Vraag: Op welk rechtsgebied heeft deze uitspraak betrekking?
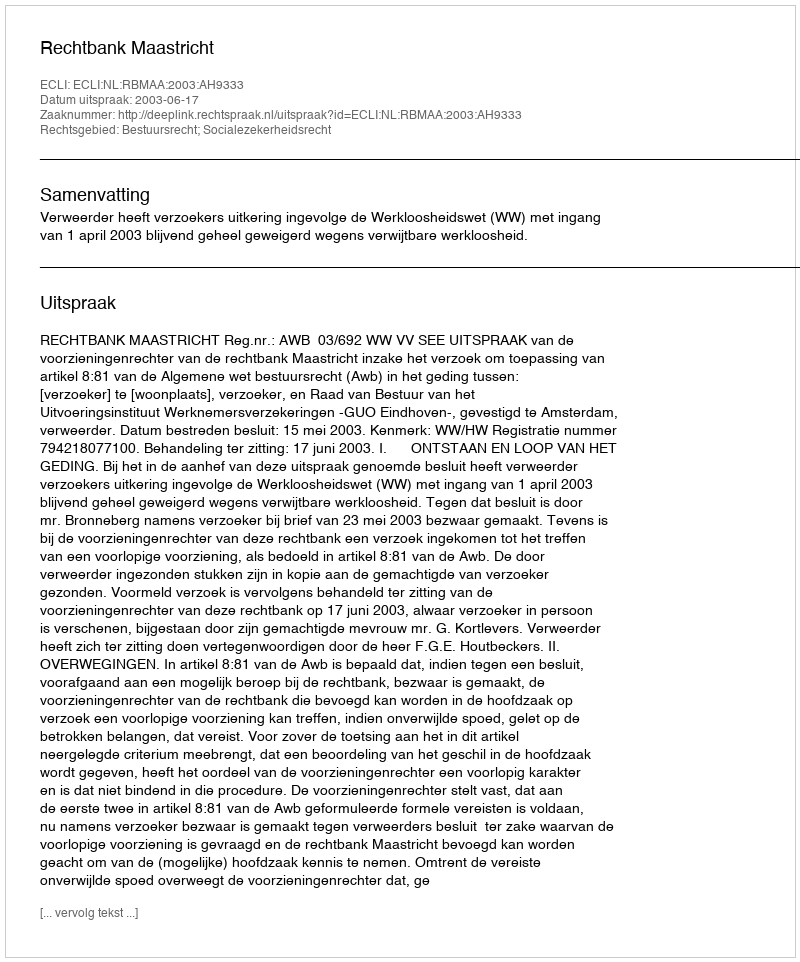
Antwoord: Bestuursrecht; Socialezekerheidsrecht